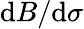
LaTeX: \mathrm{d}B/\mathrm{d}\sigma